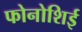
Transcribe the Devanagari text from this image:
फोनोशिई